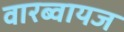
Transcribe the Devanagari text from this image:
वारब्वायज